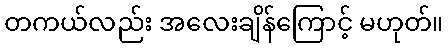
တကယ်လည်း အလေးချိန်ကြောင့် မဟုတ်။